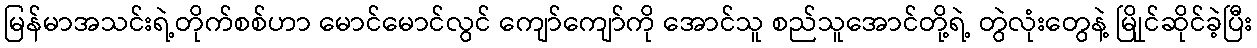
မြန်မာအသင်းရဲ့တိုက်စစ်ဟာ မောင်မောင်လွင် ကျော်ကျော်ကို အောင်သူ စည်သူအောင်တို့ရဲ့ တွဲလုံးတွေနဲ့ မြိုုင်ဆိုင်ခဲ့ပြီး